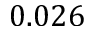
0 . 0 2 6